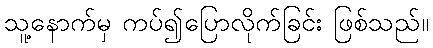
သူ့နောက်မှ ကပ်၍ပြောလိုက်ခြင်း ဖြစ်သည်။